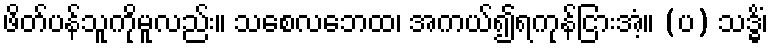
ဖိတ်ပန်သူကိုမူလည်း။ သစေလဘေထ၊ အကယ်၍ရကုန်ငြားအံ့။ (ပ) သဒ္ဓိံ၊